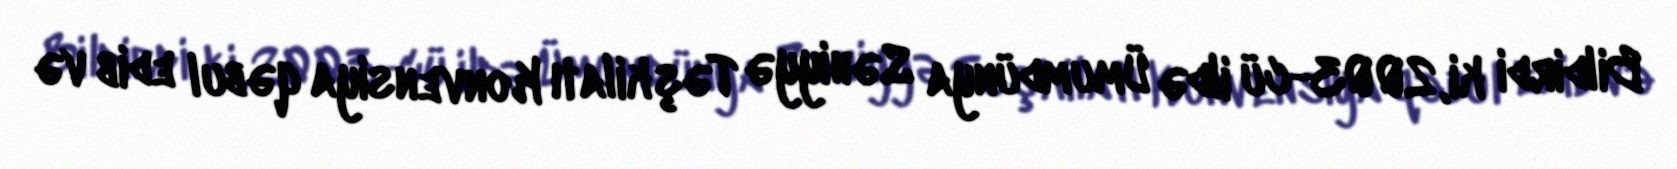
Bildirdi ki, 2003-cü ildə Ümumdünya Səhiyyə Təşkilatı Konvensiya qəbul edib və